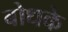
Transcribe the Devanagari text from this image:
बोधके